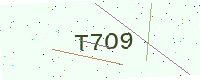
Text: T7O9